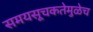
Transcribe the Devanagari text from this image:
समयसूचकतेमुळेच